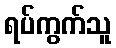
ရပ်ကွက်သူ